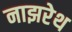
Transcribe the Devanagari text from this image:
नाझरेथ